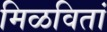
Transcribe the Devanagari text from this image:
मिळवितां